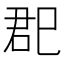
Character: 𰏏